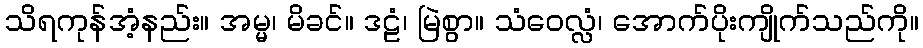
သိရကုန်အံ့နည်း။ အမ္မ၊ မိခင်။ ဒဠံ၊ မြဲစွာ။ သံဝေလ္လံ၊ အောက်ပိုးကျိုက်သည်ကို။